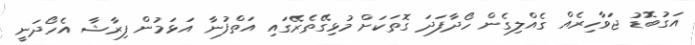
އަގުބޮޑު ޖަވާހިރެއް ގެއްލިގެން ހޯދާފަދަ ގޮތަކަށް މުޅިގޭތެރޭގައި އަތްފުނާ އަޅަމުން ފިރާޝާ އެހޯދަނީ